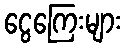
ငွေကြေးများ